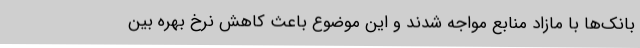
بانک‌ها با مازاد منابع مواجه شدند و این موضوع باعث کاهش نرخ بهره بین